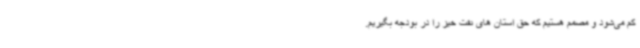
کم می‌شود و مصمم هستیم که حق استان های نفت خیز را در بودجه بگیریم.